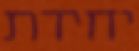
יחידת